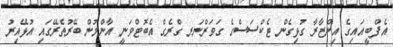
އެފްބީއައިގެ އިންޒާރާ ގުޅިގެން ޓެކްސަސްގެ ގަވަރްނަރ ގްރެގް އެބޮޓްވަނީ އާންމުން ބޭރުތެރޭގައި އުޅޭއިރު